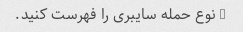
5 نوع حمله سایبری را فهرست کنید.